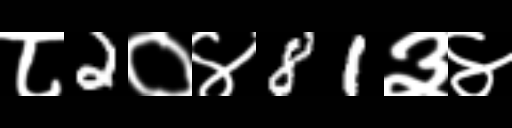
Text: ८2०४81३४